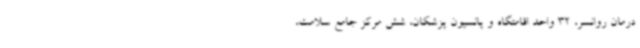
درمان روانسر، 32 واحد اقامتگاه و پانسیون پزشکان، شش مرکز جامع سلامت،